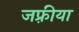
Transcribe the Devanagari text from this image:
जफ़्रीया